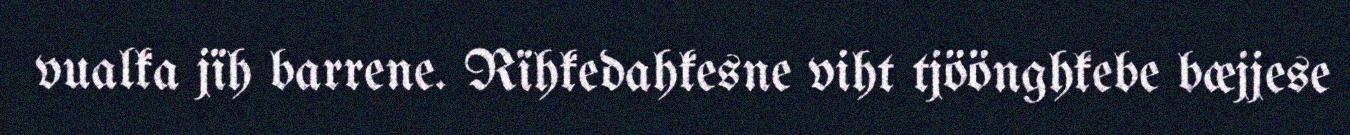
vualka jïh barrene. Rïhkedahkesne viht tjöönghkebe bæjjese